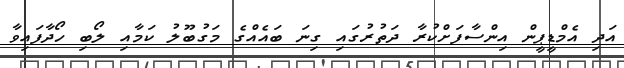
އަދި އެމްޑީޕީން އިންސާފަށްކުރާ ދަތުރުގައި ގިނަ ބައެއްގެ މަގުބޫލު ކަމާއި ލޯބި ހޯދާފައިވާ